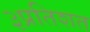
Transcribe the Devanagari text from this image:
३प्रतिशत